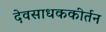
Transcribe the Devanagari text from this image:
देवसाधककीर्तन